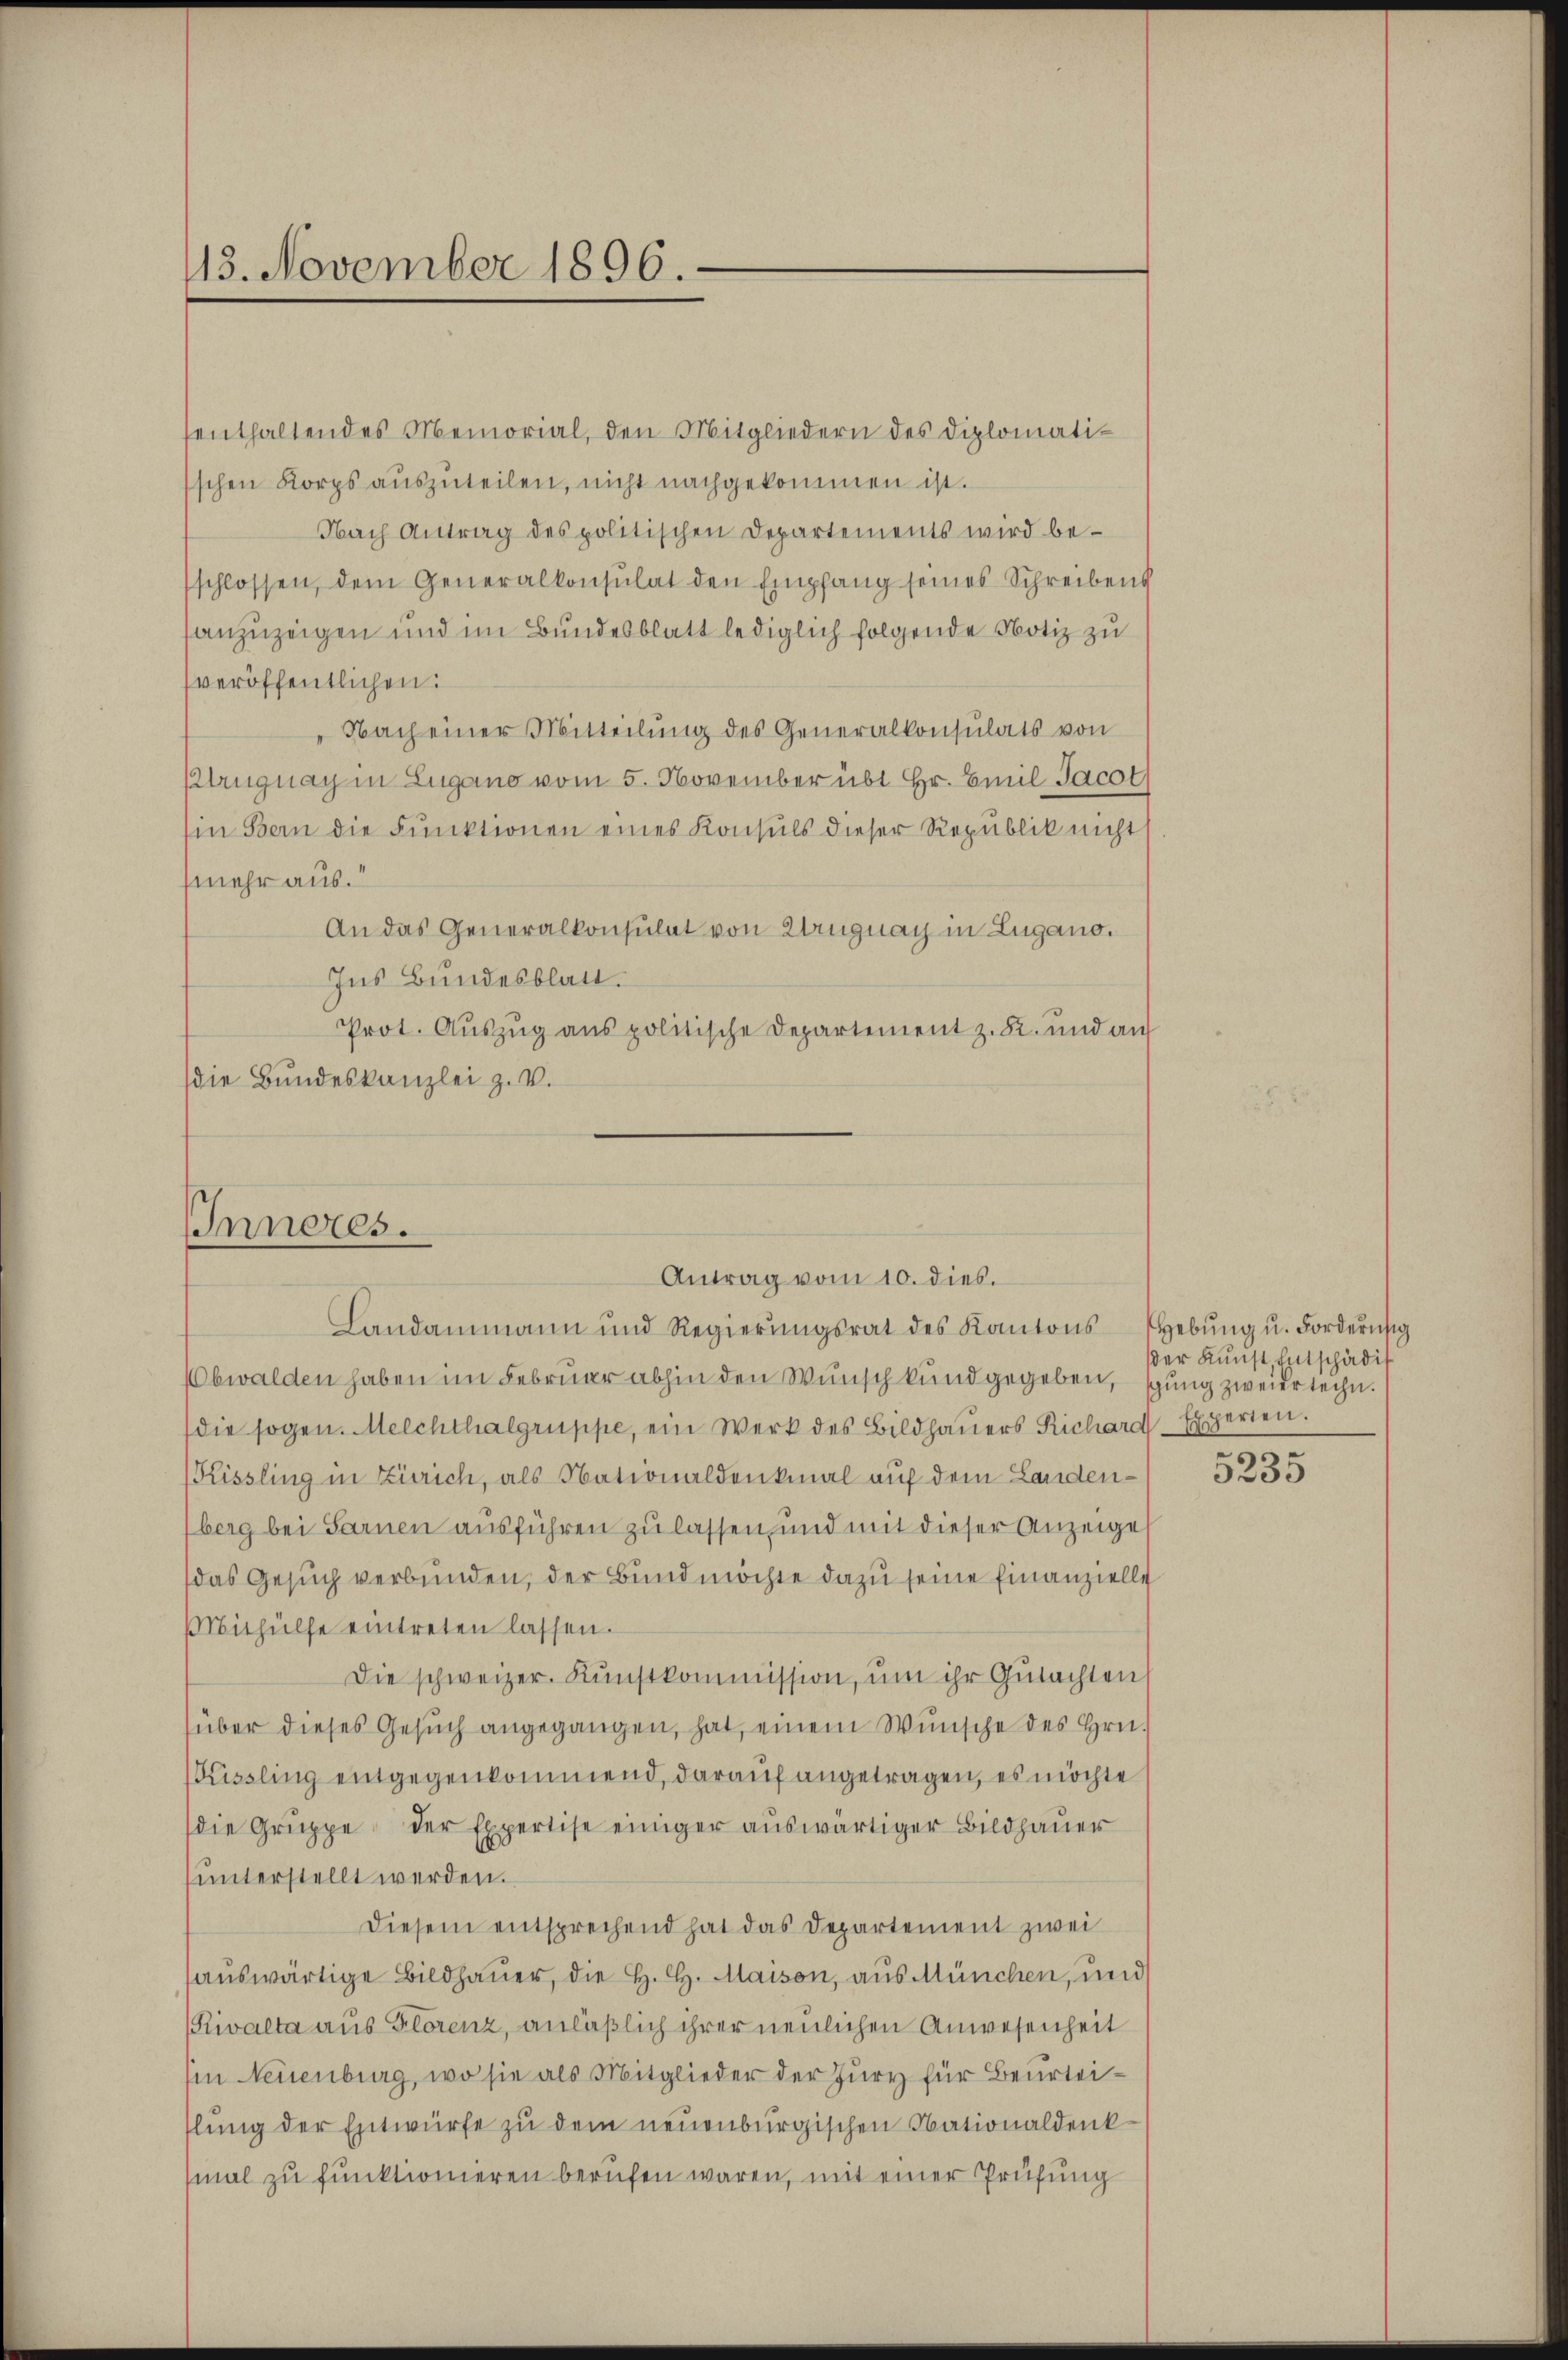
113. November 1896.

enthaltendes Memorial, den Mitgliedern des Diplomatischen Korps aŭszŭteilen, nicht nachgekommen ist.
Nach Antrag des politischen Departements wird besschlossen, dem Generalkonsulat den Empfang seines Schreibens
anzuzeigen und im Bundesblatt lediglich folgende Notiz zu
veröffentlichen:
Nach einer Mitteilung des Generalkonsulats von
Plrugnay in Lugano vom 5. November übt Hr. Emil Jacot
Ein Bern die Fŭnktionen eines Konsuls dieser Republik nicht
mehr aus.
An das Generalkonsulat von Ungnach in Lugano.
Ins Bundesblatt.
Prot. Aŭszŭg ans politische Departement z. B. und auf
(die Bundeskanzlei z. V.

IInneres.

Antrag vom 10. dies.
Landammann und Regierŭngsrat des Kantons Hebŭng u. Forderŭng

Obwalden haben im Februar abhin den Wunsch kund gegeben, schung zweier techn.
die sogen. Melchthalgruppe, ein Werk des Bildhaŭers Richard-Experten.
Kissling in Zürich, als Nationaldenkmal auf dem Landenberg bei Sarnen ausführen zu lassen, und mit dieser Anzeigel
das Gesuch verbunden, der Bund möchte dazu seine Einanzielle
Mithülfe eintreten lassen.
Die schweizer. Kŭnstkommission, ŭm ihr Gutachten
über dieses Gesŭch angegangen, hat, einem Wunsche des Hrn.
Kissling entgegenkommend, darauf angetragen, es möchte
die Gruppe der Expertise einiger auswärtiger Bildhauer
unterstellt werden.
Diesem entsprechend hat das Departement zwei
aŭswärtige Bildhauer, die H. H. Maison, aus München, und
Rivalta aus Florenz, anläßlich ihrer neulichen Anwesenheit
Ein Neuenburg, wo sie als Mitglieder der Jury für Beurteislung der Entwürfe zu dem neuenburgischen Nationaldenk
mal zu funktionieren berufen waren, mit einer Prüfung

dder Kunst, Entschädig

.
3235